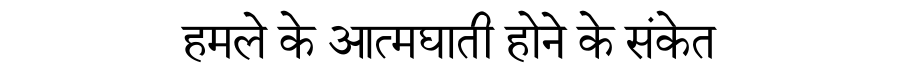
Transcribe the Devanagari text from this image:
हमले के आत्मघाती होने के संकेत